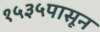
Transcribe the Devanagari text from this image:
१५३५पासून